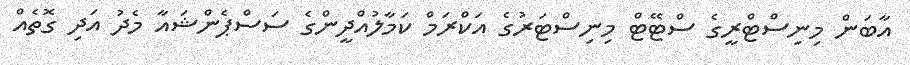
އާބަން މިނިސްޓްރީގެ ސްޓޭޓް މިނިސްޓަރުގެ އަކްރަމް ކަމާލުއްދީންގެ ސަސްޕެންޝައާ މެދު އަދި ގޮތެއް